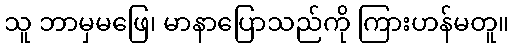
သူ ဘာမှမဖြေ၊ မာနာပြောသည်ကို ကြားဟန်မတူ။